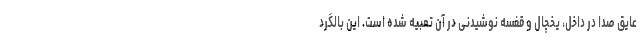
عایق صدا در داخل، یخچال و قفسه نوشیدنی در آن تعبیه شده است. این بالگرد